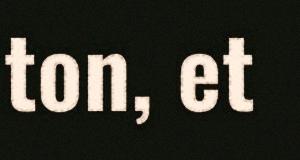
ton, et